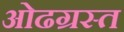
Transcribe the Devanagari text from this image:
ओढग्रस्त